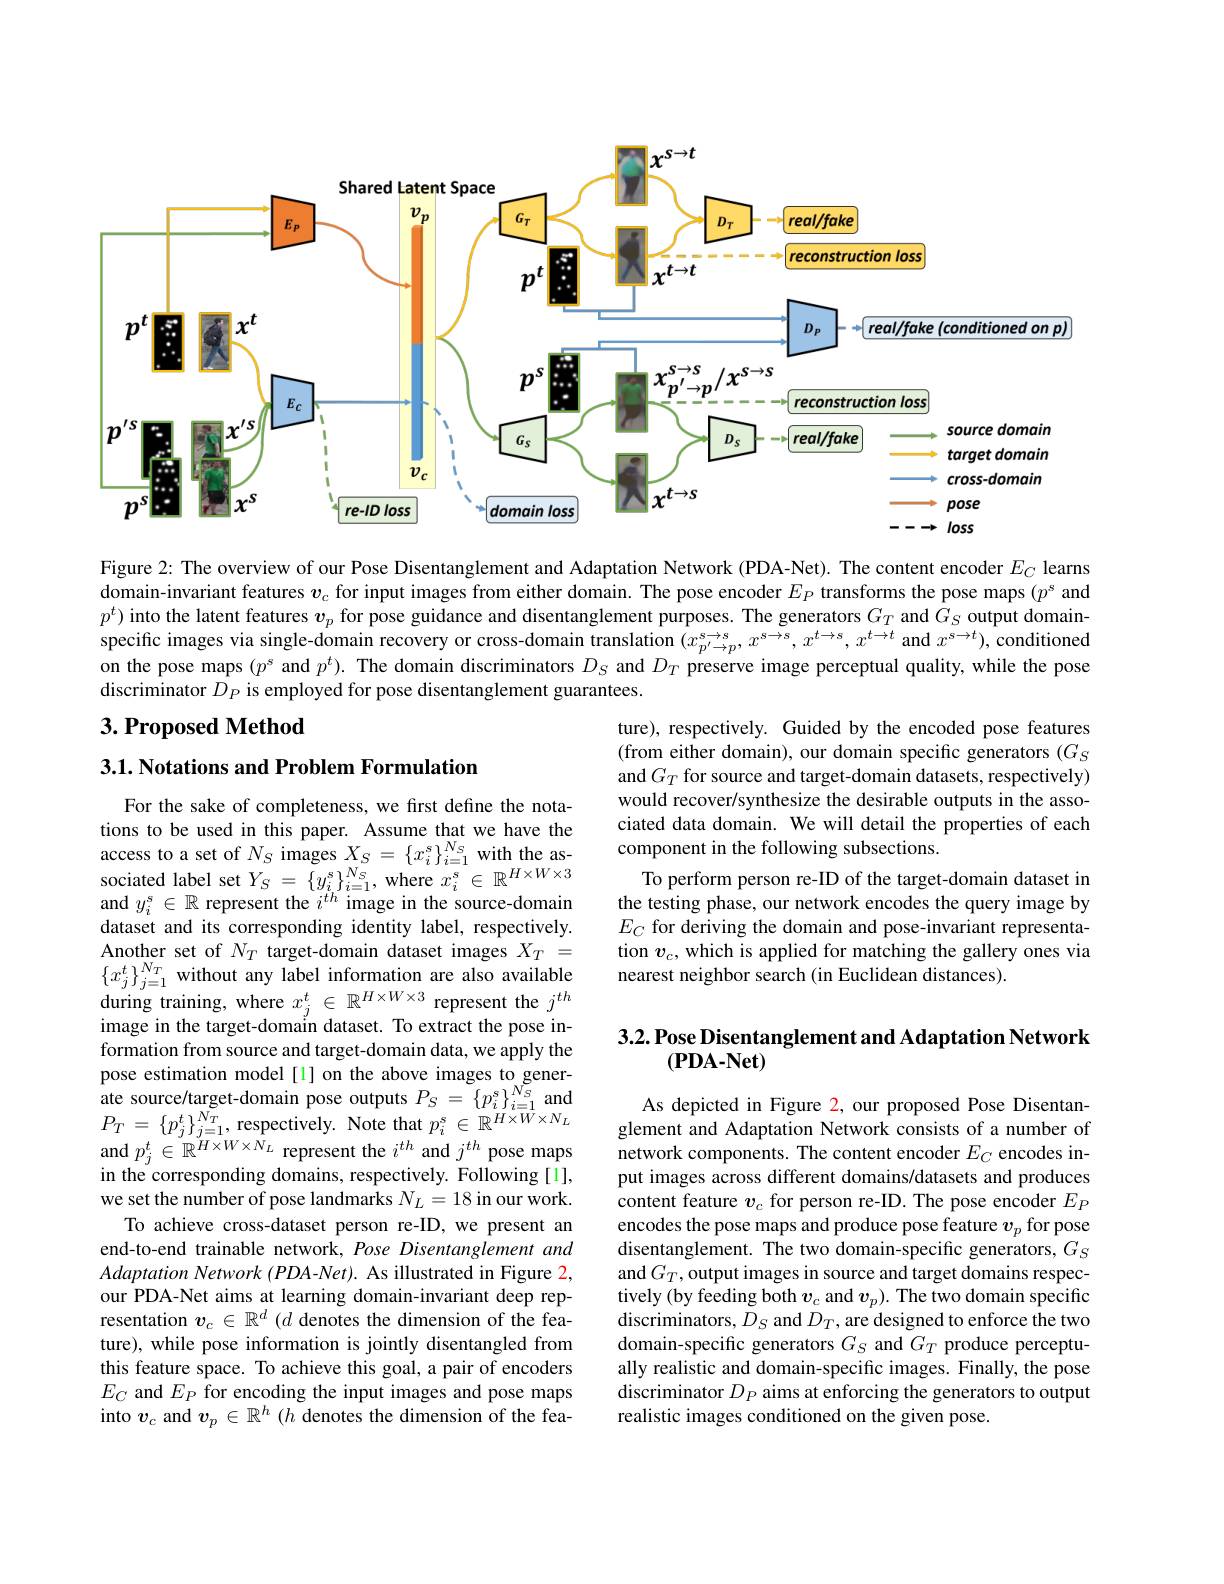
<FigureHere>

Figure 2: The overview of our Pose Disentanglement and Adaptation Network (PDA-Net). The content encoder $E_C$ learns domain-invariant features $v_\mathrm{c}$ for input images from either domain. The pose encoder $E_P$ transforms the pose maps $(p^\mathrm{s}$ and $p^{t})$ into the latent features $v_p$ for pose guidance and disentanglement purposes. The generators $G_T$ and $G_S$ output domain- sperators $G_T$ and $G_S$ output domain- speration seration $(x_p^{s\to s},x^{s\to s},x^{t\to s},x^{t\to s},x^{t\to t}$ and $x^s\to t)$, c on the pose maps $(p^s$ and $p^t).$ The domain discriminators $D_S$ and $D_T$ preserve image perceptual quality, while the pose discriminator $D_P$ is employed for pose disentanglement guarantees.

## $3. \textbf{Proposed Method}$

3.1. Notations and Problem Formulation

ture), respectively. Guided by the encoded pose features (from either domain), our domain specific generators $(G_S$ and $G_T$ for source and target-domain datasets, respectively) would recover/synthesize the desirable outputs in the associated data domain. We will detail the properties of each component in the following subsections.
To perform person re-ID of the target-domain dataset in the testing phase, our network encodes the query image by $E_C$ for deriving the domain and pose-invariant representation $v_c$, which is applied for matching the gallery ones via nearest neighbor search (in Euclidean distances).

### $3. 2. \textbf{Pose Disentanglement and Adaptation Network}$ $(\mathbf{PDA-Net})$

For the sake of completeness, we first define the notations to be used in this paper. Assume that we have the access to a set of $N_S$ images $X_S=\{x_i^s\}_{i=1}^{N_S}$ with the associated label set $Y_S=\{y_{i}^{s}\}_{i=1}^{N_{S}}$, where $x_i^{s}\in\mathbb{R}^{H\times W\times3}$ and $y_i^s\in\mathbb{R}$ represent the $i^th$ image in the source-domain dataset and its corresponding identity label, respectively. Another set of $N_T$ target-domain dataset images $X_T=$ $\{x_j^t\}_{j=1}^{N_T}$ without any label information are also available during training, where $x_j^t\in\mathbb{R}^{H\times W\times3}$ represent the $j^th$ image in the target-domain dataset. To extract the pose information from source and target-domain data, we apply the pose estimation model[1] on the above images to generate source/target-domain pose outputs $P_S=\left\{p_{i}^{s}\right\}_{i=1}^{N_{S}}$ and $P_{T}$ = $\{ p_{j}^{t}\} _{j= 1}^{N_{T}}$,respectively. Note that $p_i^{s}\in\mathbb{R}^{H\times W\times N_{L}}$ and $p_j^t\in\mathbb{R}^{H\times W\times N_L}$ represent the $i^th$ and $j^th$ pose maps in the corresponding domains, respectively. Following [1], we set the number of pose landmarks $N_L=18$ in our work.
To achieve cross-dataset person re-ID, we present an end-to-end trainable network, Pose Disentanglement and Adaptation Network (PDA-Net). As illustrated in Figure 2, our PDA-Net aims at learning domain-invariant deep representation $v_c\in\mathbb{R}^d$ ($d$ denotes the dimension of the feature), while pose information is jointly disentangled from this feature space. To achieve this goal, a pair of encoders $E_{C}$ and $E_P$ for encoding the input images and pose maps into $v_c$ and $v_p\in\mathbb{R}^h$ ($h$ denotes the dimension of the fea-

As depicted in Figure 2, our proposed Pose Disentanglement and Adaptation Network consists of a number of network components. The content encoder $E_C$ encodes input images across different domains/datasets and produces content feature $v_c$ for person re-ID. The pose encoder $E_P$ encodes the pose maps and produce pose feature $v_p$ for pose disentanglement. The two domain-specific generators, $G_S$ and $G_T$,output images in source and target domains respectively (by feeding both $v_c$ and $v_p).$ The two domain specific discriminators, $D_S$ and $D_T$,are designed to enforce the two domain-specific generators $G_S$ and $G_T$ produce perceptually realistic and domain-specific images. Finally, the pose discriminator $D_P$ aims at enforcing the generators to output realistic images conditioned on the given pose